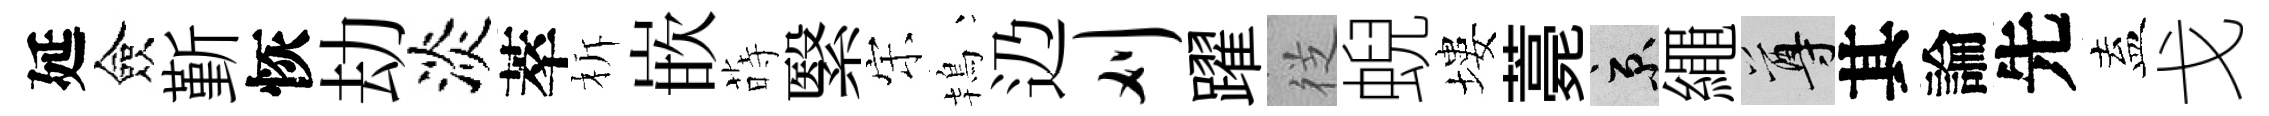
延僉斳恢劫淡萃柝嵌蒔繄宋鴇辸刈躍徔蜺塿薧京繩尊其論先盍戈